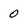
Character: O